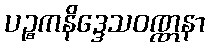
ပဉ္စကနိဒ္ဒေသဝဏ္ဏနာ